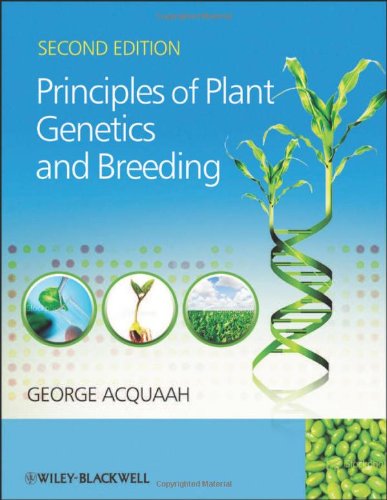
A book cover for Principles of Plant Genetics and Breeding; George Acquaah; Science & Math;